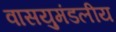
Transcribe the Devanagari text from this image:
वासयुमंडलीय